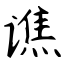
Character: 谯